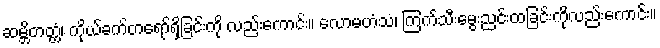
ဆမ္ဘိတတ္တံ၊ ကိုယ်ခက်တရော်ရှိခြင်းကို လည်းကောင်း။ လောမဟံသံ၊ ကြက်သီးမွေးညင်းထခြင်းကိုလည်းကောင်း။